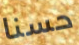
حسنا